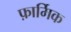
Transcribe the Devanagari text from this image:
फ़ार्मिक